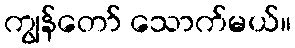
ကျွန်တော် သောက်မယ်။